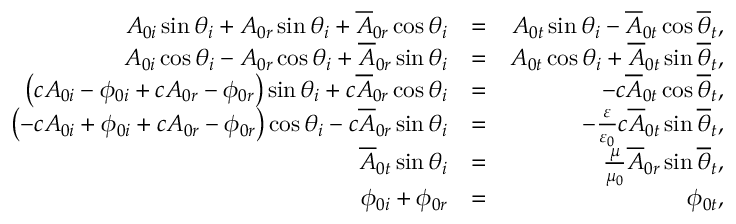
\begin{array} { r l r } { A _ { 0 i } \sin \theta _ { i } + A _ { 0 r } \sin \theta _ { i } + \overline { { A } } _ { 0 r } \cos \theta _ { i } } & { = } & { A _ { 0 t } \sin \theta _ { i } - \overline { { A } } _ { 0 t } \cos \overline { { \theta } } _ { t } , } \\ { A _ { 0 i } \cos \theta _ { i } - A _ { 0 r } \cos \theta _ { i } + \overline { { A } } _ { 0 r } \sin \theta _ { i } } & { = } & { A _ { 0 t } \cos \theta _ { i } + \overline { { A } } _ { 0 t } \sin \overline { { \theta } } _ { t } , } \\ { \left( c A _ { 0 i } - \phi _ { 0 i } + c A _ { 0 r } - \phi _ { 0 r } \right) \sin \theta _ { i } + c \overline { { A } } _ { 0 r } \cos \theta _ { i } } & { = } & { - c \overline { { A } } _ { 0 t } \cos \overline { { \theta } } _ { t } , } \\ { \left( - c A _ { 0 i } + \phi _ { 0 i } + c A _ { 0 r } - \phi _ { 0 r } \right) \cos \theta _ { i } - c \overline { { A } } _ { 0 r } \sin \theta _ { i } } & { = } & { - \frac { \varepsilon } { \varepsilon _ { 0 } } c \overline { { A } } _ { 0 t } \sin \overline { { \theta } } _ { t } , } \\ { \overline { { A } } _ { 0 t } \sin \theta _ { i } } & { = } & { \frac { \mu } { \mu _ { 0 } } \overline { { A } } _ { 0 r } \sin \overline { { \theta } } _ { t } , } \\ { \phi _ { 0 i } + \phi _ { 0 r } } & { = } & { \phi _ { 0 t } , } \end{array}